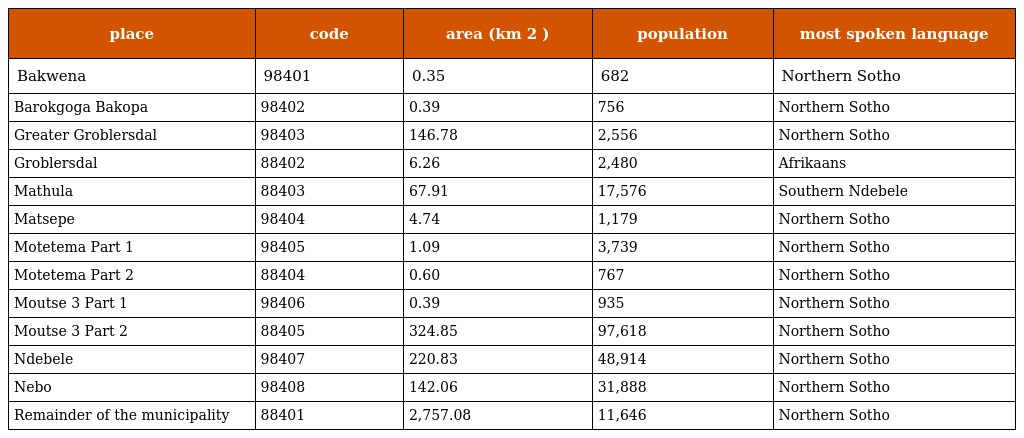
| place | code | area (km 2 ) | population | most spoken language |
 | --- | --- | --- | --- | --- |
 | Bakwena | 98401 | 0.35 | 682 | Northern Sotho |
 | Barokgoga Bakopa | 98402 | 0.39 | 756 | Northern Sotho |
 | Greater Groblersdal | 98403 | 146.78 | 2,556 | Northern Sotho |
 | Groblersdal | 88402 | 6.26 | 2,480 | Afrikaans |
 | Mathula | 88403 | 67.91 | 17,576 | Southern Ndebele |
 | Matsepe | 98404 | 4.74 | 1,179 | Northern Sotho |
 | Motetema Part 1 | 98405 | 1.09 | 3,739 | Northern Sotho |
 | Motetema Part 2 | 88404 | 0.60 | 767 | Northern Sotho |
 | Moutse 3 Part 1 | 98406 | 0.39 | 935 | Northern Sotho |
 | Moutse 3 Part 2 | 88405 | 324.85 | 97,618 | Northern Sotho |
 | Ndebele | 98407 | 220.83 | 48,914 | Northern Sotho |
 | Nebo | 98408 | 142.06 | 31,888 | Northern Sotho |
 | Remainder of the municipality | 88401 | 2,757.08 | 11,646 | Northern Sotho |